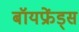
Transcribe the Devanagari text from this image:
बॉयफ्रेंड्स